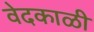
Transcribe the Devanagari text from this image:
वेदकाळी